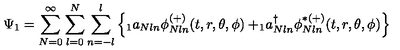
\Psi _ { 1 } = \sum _ { N = 0 } ^ { \infty } \sum _ { l = 0 } ^ { N } \sum _ { n = - l } ^ { l } \left\{ _ 1 a _ { N l n } \phi _ { N l n } ^ { ( + ) } ( t , r , \theta , \phi ) + _ { 1 } \! a _ { N l n } ^ { \dagger } \phi _ { N l n } ^ { \ast ( + ) } ( t , r , \theta , \phi ) \right\}